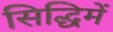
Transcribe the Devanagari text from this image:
सिद्धिमें